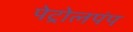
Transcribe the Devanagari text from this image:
पेट्रोलपंप